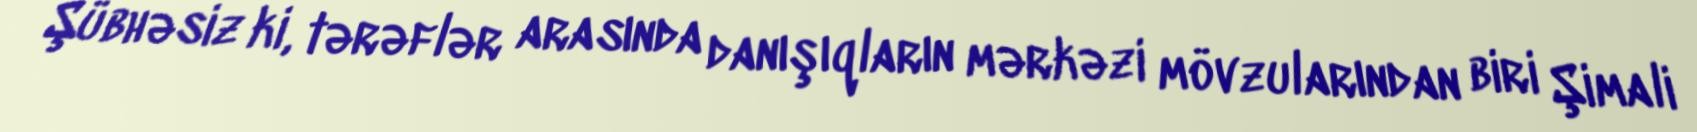
Şübhəsiz ki, tərəflər arasında danışıqların mərkəzi mövzularından biri Şimali